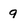
Character: 9